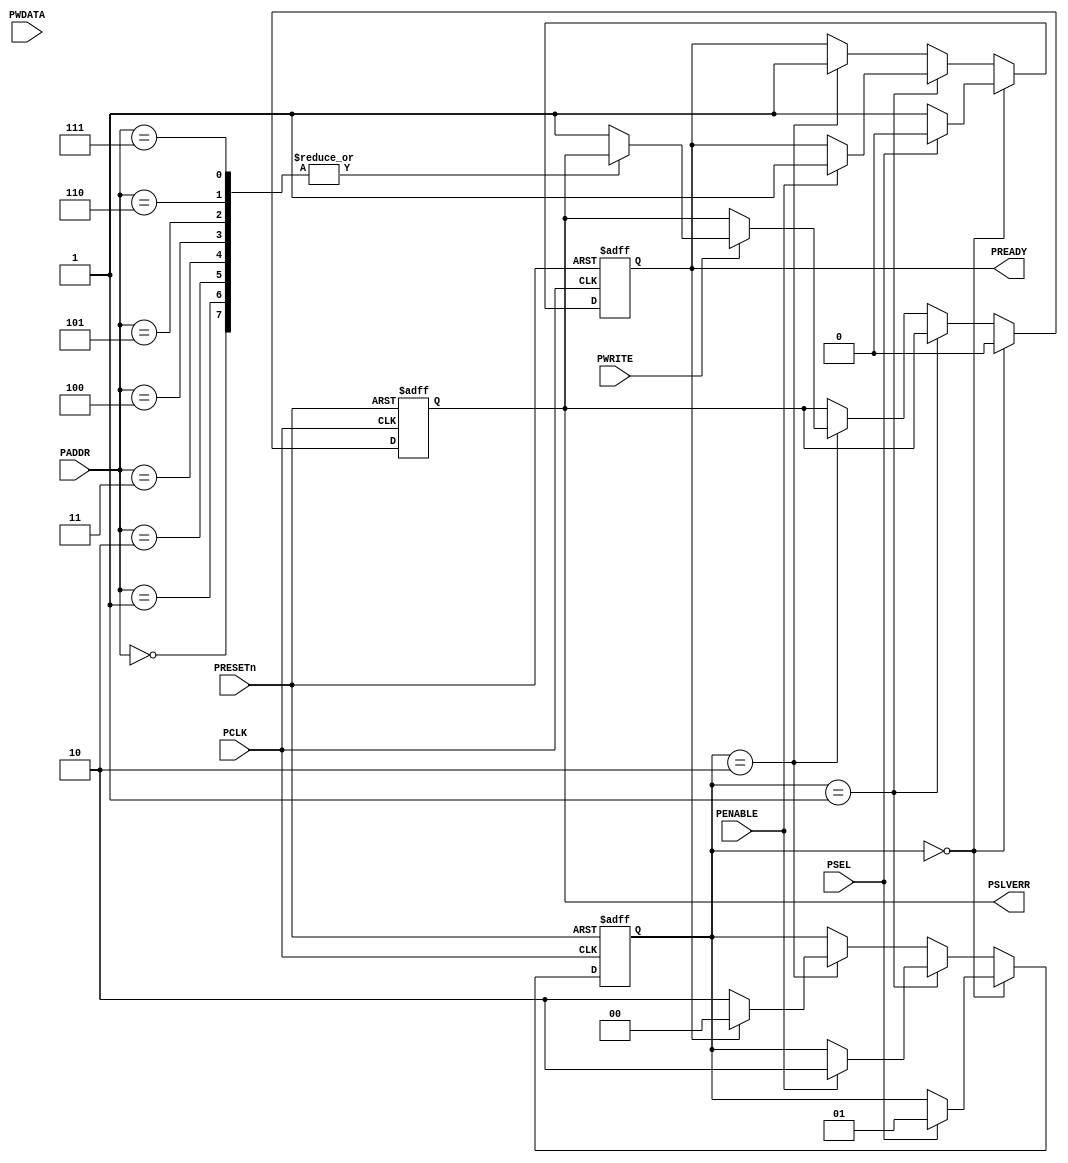
module decoder_wt (
    input PCLK,
    input PRESETn,
    input [7:0] PADDR,
    input PWRITE,
    input PSEL,
    input PENABLE,
    input [7:0] PWDATA, 
    output reg PREADY,
    output reg PSLVERR
);

// Registers for storing data at different addresses
reg [7:0] A;
reg [7:0] B;
reg [7:0] C;
reg [7:0] D;
reg [7:0] E;
reg [7:0] F;
reg [7:0] G;
reg [7:0] H;

// State definitions
reg [1:0] IDLE   = 2'b00;
reg [1:0] SETUP  = 2'b01;
reg [1:0] ACCESS = 2'b10;
reg [1:0] state, next_state;

// Always block to control state machine and data handling
always @ (posedge PCLK or negedge PRESETn) begin
    if (!PRESETn) begin
        // Reset values on reset signal
        A <= 8'h00;
        B <= 8'h00;
        C <= 8'h00;
        D <= 8'h00;
        E <= 8'h4f;
        F <= 8'h00;
        G <= 8'h00;
        H <= 8'h00;
        PREADY  <= 1'b0;
        PSLVERR <= 1'b0;
        state <= IDLE;
    end else begin
        // State machine transitions and operations
        case(state)
            IDLE: begin
                PREADY <= 1'b1;
                PSLVERR <= 1'b0;
                if (PSEL) begin
				PREADY <= 1'b0; 
                  state <= SETUP;
                end
            end
            
            SETUP: begin
                if (PENABLE) begin
                    state <= ACCESS;
				PREADY <= 1'b1; // add for test	
				end
            end
            
            ACCESS: begin
    PREADY <= 1'b1;
    if (PWRITE) begin
        case(PADDR)
            8'b0000_0000: A <= PWDATA;
            8'b0000_0001: B <= PWDATA;
            8'b0000_0010: C <= PWDATA;
            8'b0000_0011: D <= PWDATA;
            8'b0000_0100: E <= PWDATA;
            8'b0000_0101: F <= PWDATA;
            8'b0000_0110: G <= PWDATA;
            8'b0000_0111: H <= PWDATA;
            default: PSLVERR <= 1'b1;
        endcase
    end
    
	if (PREADY) begin
        state <= IDLE;
    end else begin
        state <= ACCESS;
    end
end

        endcase
    end
end



endmodule